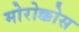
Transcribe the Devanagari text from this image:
मोरोक्कोस